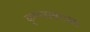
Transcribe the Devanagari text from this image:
कृष्णासारखा